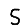
Digit: 5